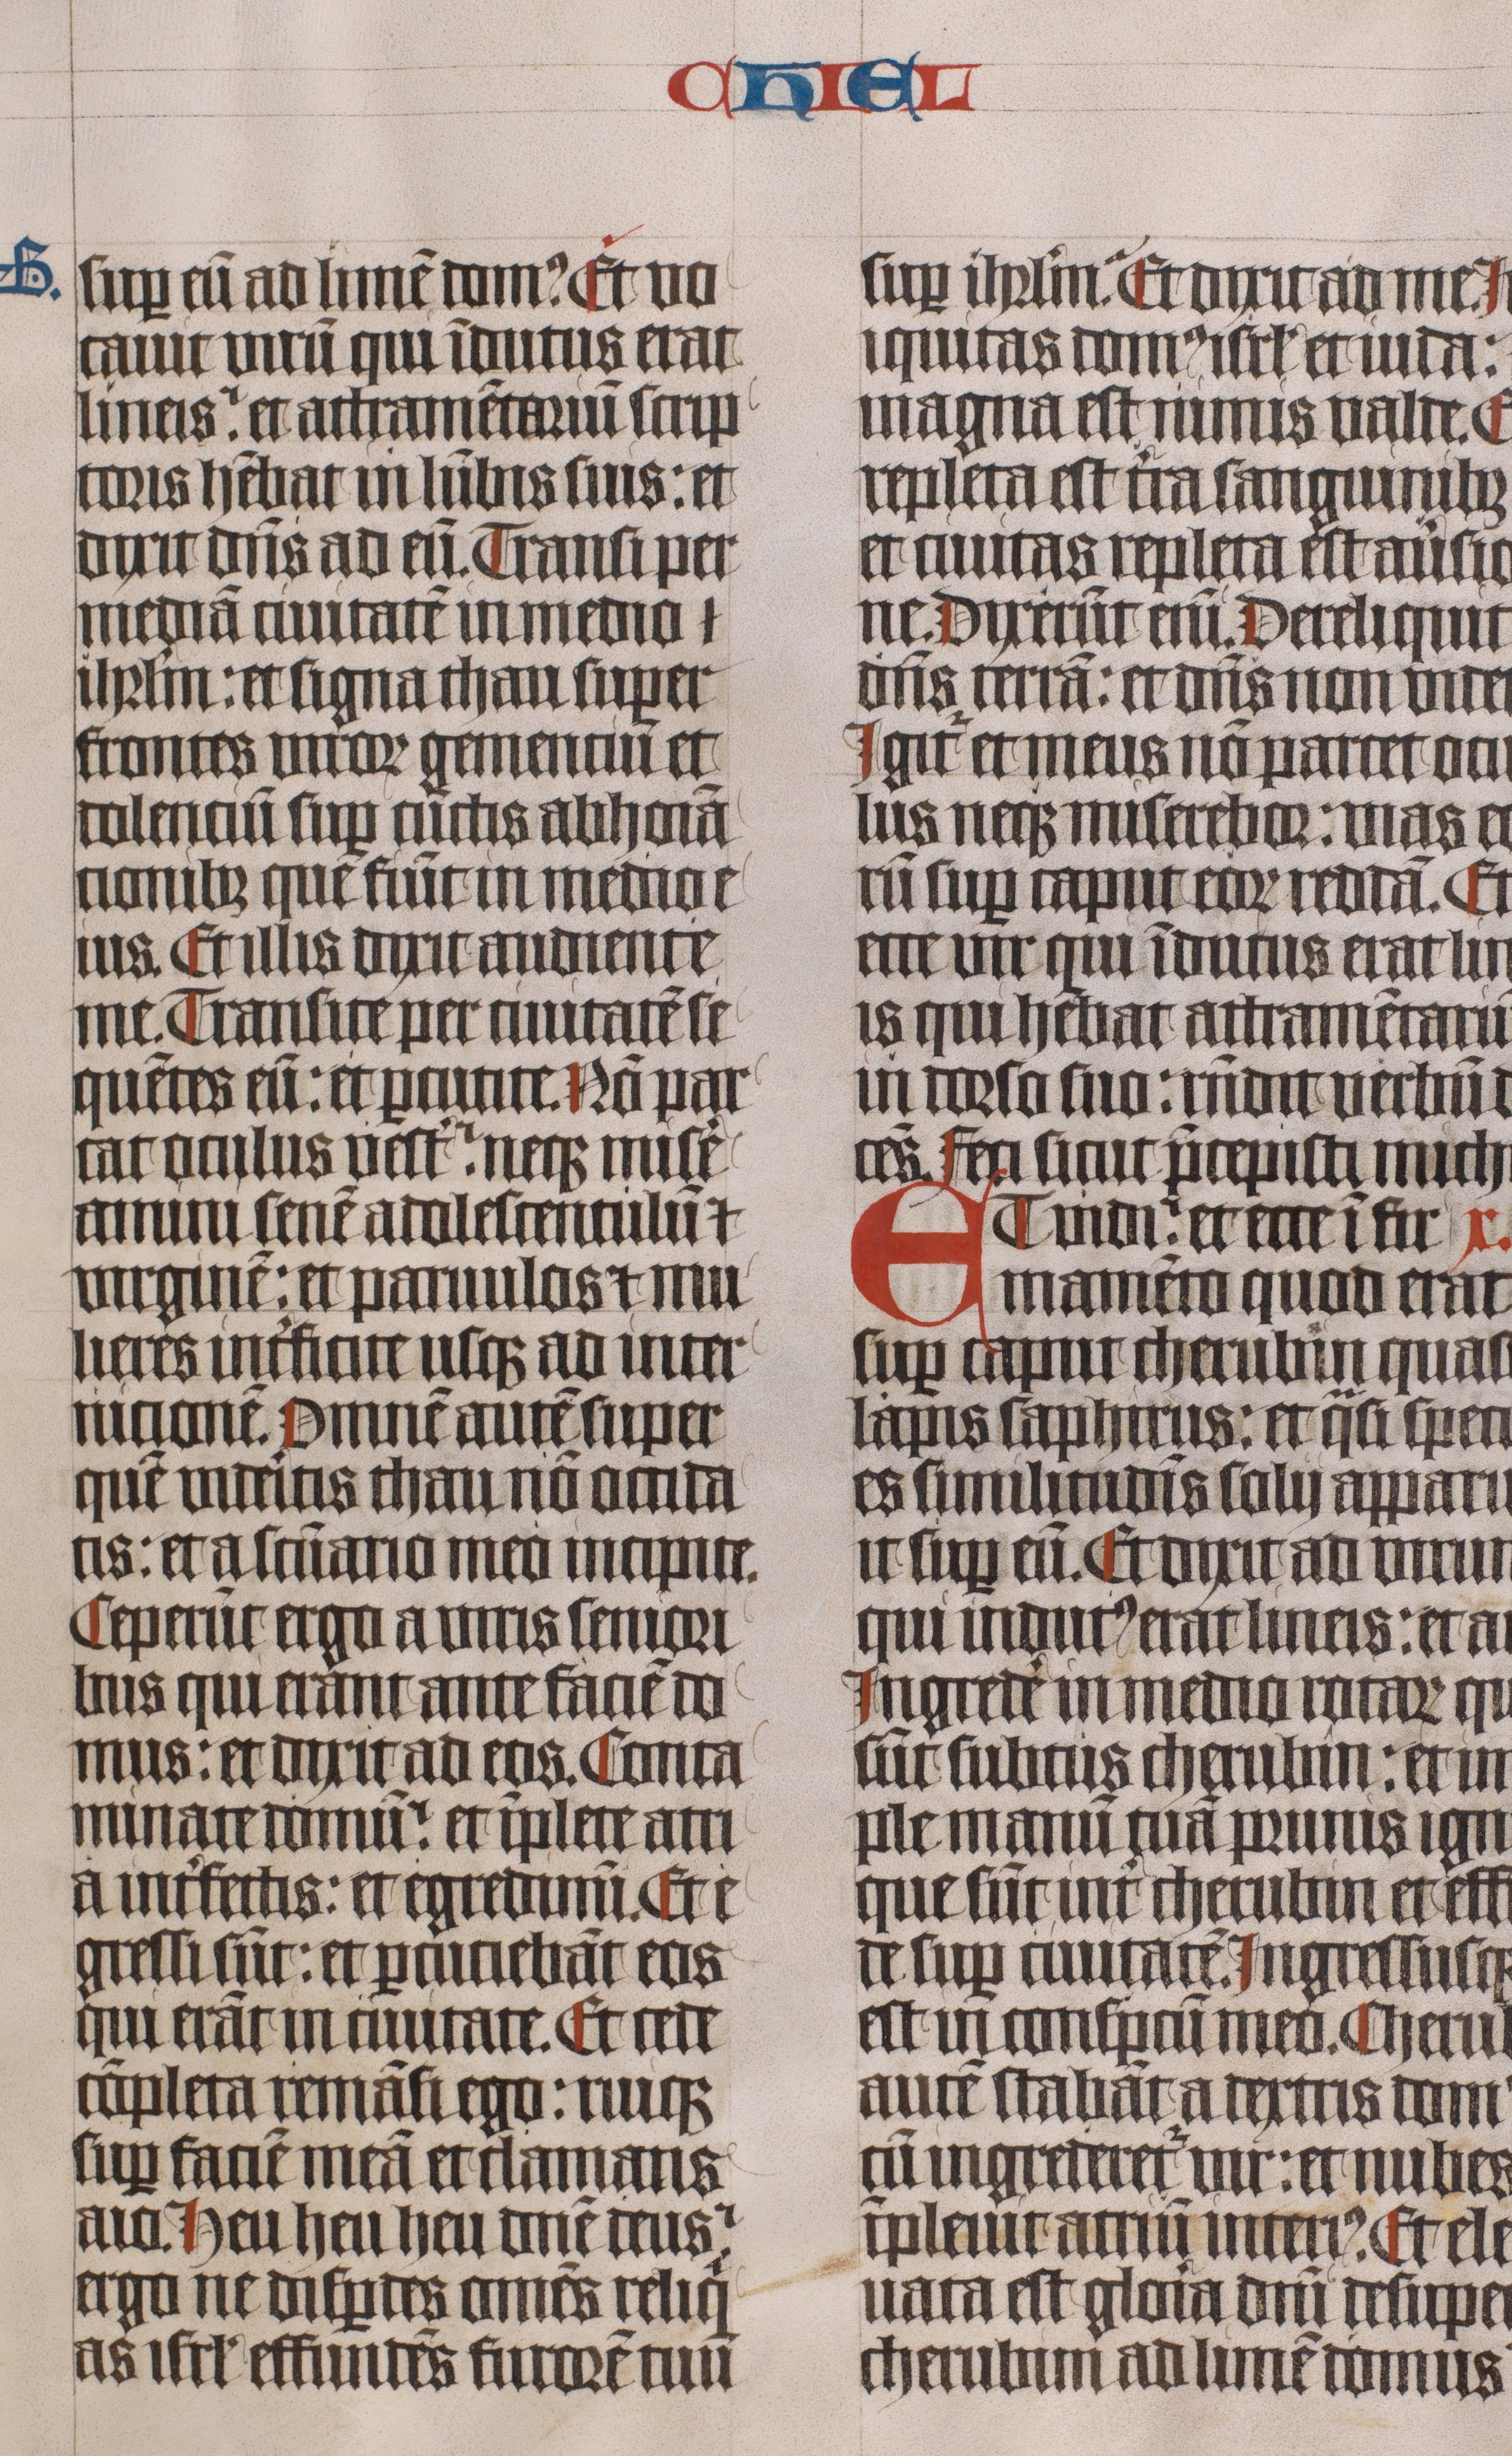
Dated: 1445–1445